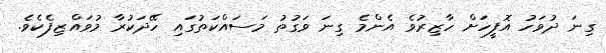
ގިނަ ދުވަހު އޮފީހަށް ހާޒިރުވެ އެންމެ ގިނަ ވަގުތު މަސައްކަތުގައި ހޭދަކުރާ މުވައްޒިފެކެވެ.